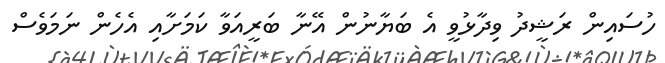
ހުސައިން ރަޝީދު ވިދާޅުވީ އެ ބަޔާނުން އޭނާ ބަރީއަވާ ކަމަށާއި އެހެން ނަމަވެސް